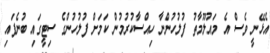
އެޅޭނީ ވެސް އެ މައުލޫމާތު ފުލުހުންނާ ހިއްސާކުރުމުން ކަމަށް ފުލުހުންގެ ސިޓީގައި ބުނެފައި